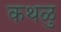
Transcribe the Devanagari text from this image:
कथळु